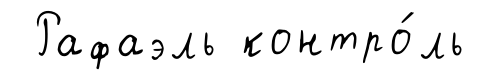
Рафаэль контро́ль